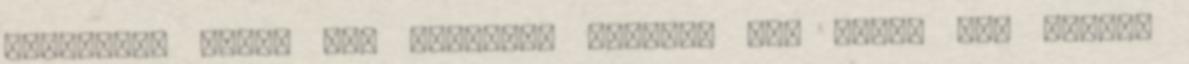
kommentet egyet sem olvastam nyilván sem időm, sem kedvem